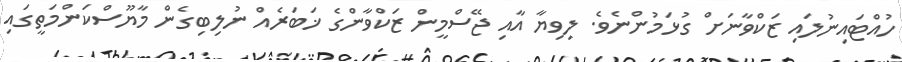
ހުއްޓައިނުލައި ޒަކްވާނަށް ގުޅަމުންނެވެ. ލިވިޔާ އާއި ޖޭސްމީން ޒަކްވާންގެ ޚަބަރެއް ނުލިބިގެން މާޔޫސްކަންމަތީގައި